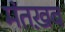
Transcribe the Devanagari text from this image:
मंतख़ब